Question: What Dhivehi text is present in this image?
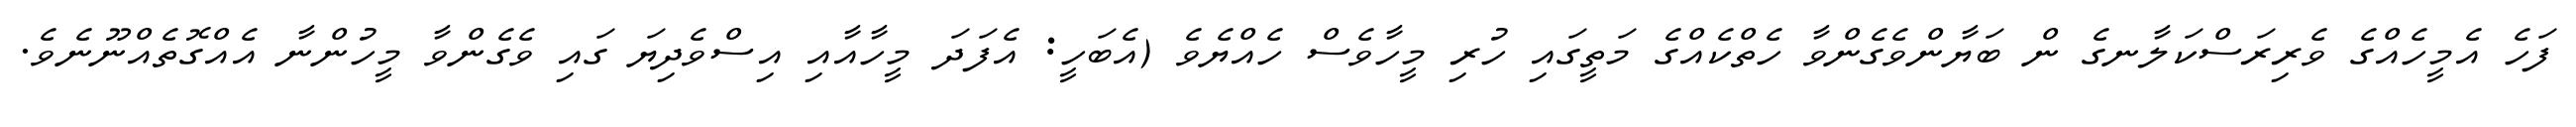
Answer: ފަހެ އެމީހެއްގެ ވެރިރަސްކަލާނގެ ން ބަޔާންވެގެންވާ ހެތްކެއްގެ މަތީގައި ހުރި މީހާވެސް ހެއްޔެވެ (އެބަހީ: އެފަދަ މީހާއާއި އިސްވެދިޔަ ގައި ވެގެންވާ މީހުންނާ އެއްގޮތެއްނޫނެވެ.